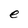
Character: e